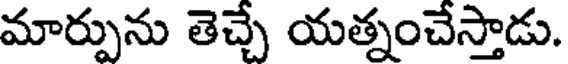
మార్పును తెచ్చే యత్నంచేస్తాడు.